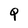
Character: Q